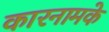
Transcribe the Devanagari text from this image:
कारनामके